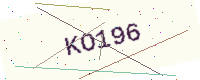
Text: KO196